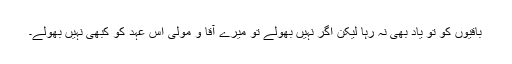
باقیوں کو تو یاد بھی نہ رہا لیکن اگر نہیں بھولے تو میرے آقا و مولیٰ اس عہد کو کبھی نہیں بھولے۔